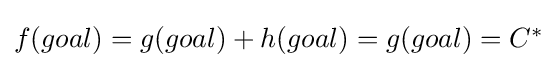
{\textstyle f(goal)=g(goal)+h(goal)=g(goal)=C^{*}}